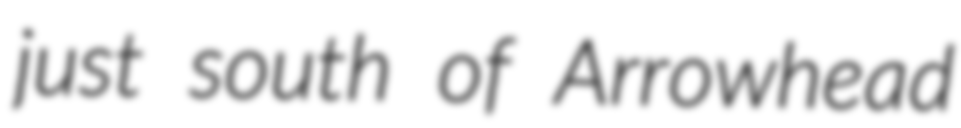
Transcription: just south of Arrowhead